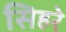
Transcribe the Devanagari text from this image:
सिहरे